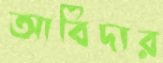
আবিদার